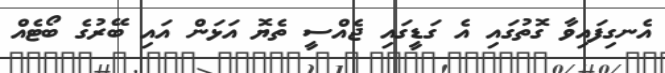
އެނގިފައިވާ ގޮތުގައި އެ ގަޑީގައި ޖެއްސީ ތެޔޮ އަޅަން އައި ބޭރުގެ ބޯޓެއް